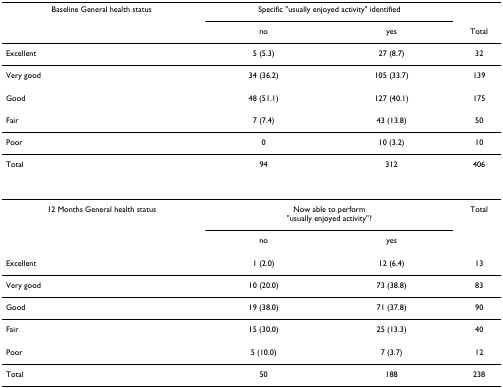
<table><thead><tr><td><b>Baseline General health status</b></td><td colspan="2"><b>Specific &quot;usually enjoyed activity&quot; identified</b></td><td></td></tr><tr><td></td><td><b>no</b></td><td><b>yes</b></td><td><b>Total</b></td></tr></thead><tbody><tr><td>Excellent</td><td>5 (5.3)</td><td>27 (8.7)</td><td>32</td></tr><tr><td>Very good</td><td>34 (36.2)</td><td>105 (33.7)</td><td>139</td></tr><tr><td>Good</td><td>48 (51.1)</td><td>127 (40.1)</td><td>175</td></tr><tr><td>Fair</td><td>7 (7.4)</td><td>43 (13.8)</td><td>50</td></tr><tr><td>Poor</td><td>0</td><td>10 (3.2)</td><td>10</td></tr><tr><td>Total</td><td>94</td><td>312</td><td>406</td></tr><tr><td>12 Months General health status</td><td colspan="2">Now able to perform&quot;usually enjoyed activity&quot;?</td><td>Total</td></tr><tr><td></td><td>no</td><td>yes</td><td></td></tr><tr><td>Excellent</td><td>1 (2.0)</td><td>12 (6.4)</td><td>13</td></tr><tr><td>Very good</td><td>10 (20.0)</td><td>73 (38.8)</td><td>83</td></tr><tr><td>Good</td><td>19 (38.0)</td><td>71 (37.8)</td><td>90</td></tr><tr><td>Fair</td><td>15 (30.0)</td><td>25 (13.3)</td><td>40</td></tr><tr><td>Poor</td><td>5 (10.0)</td><td>7 (3.7)</td><td>12</td></tr><tr><td>Total</td><td>50</td><td>188</td><td>238</td></tr></tbody></table>